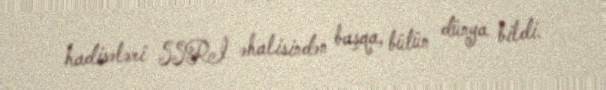
hadisələri SSRİ əhalisindən başqa, bütün dünya bildi.